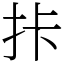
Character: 拤